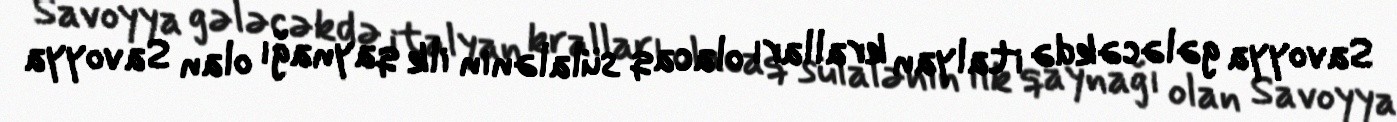
Savoyya gələcəkdə italyan kralları olacaq sülalənin ilk qaynağı olan Savoyya